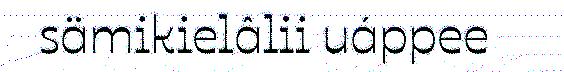
sämikielâlii uáppee